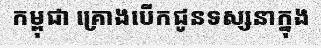
កម្ពុជា គ្រោងបើកជូនទស្សនាក្នុង